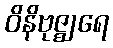
ဝိနိဗုဇ္ဈရေ